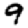
Digit: 9